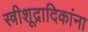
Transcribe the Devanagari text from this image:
स्त्रीशूद्रादिकांना